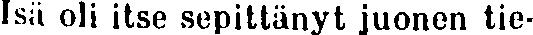
Isä oli itse sepittänyt juonen tie-